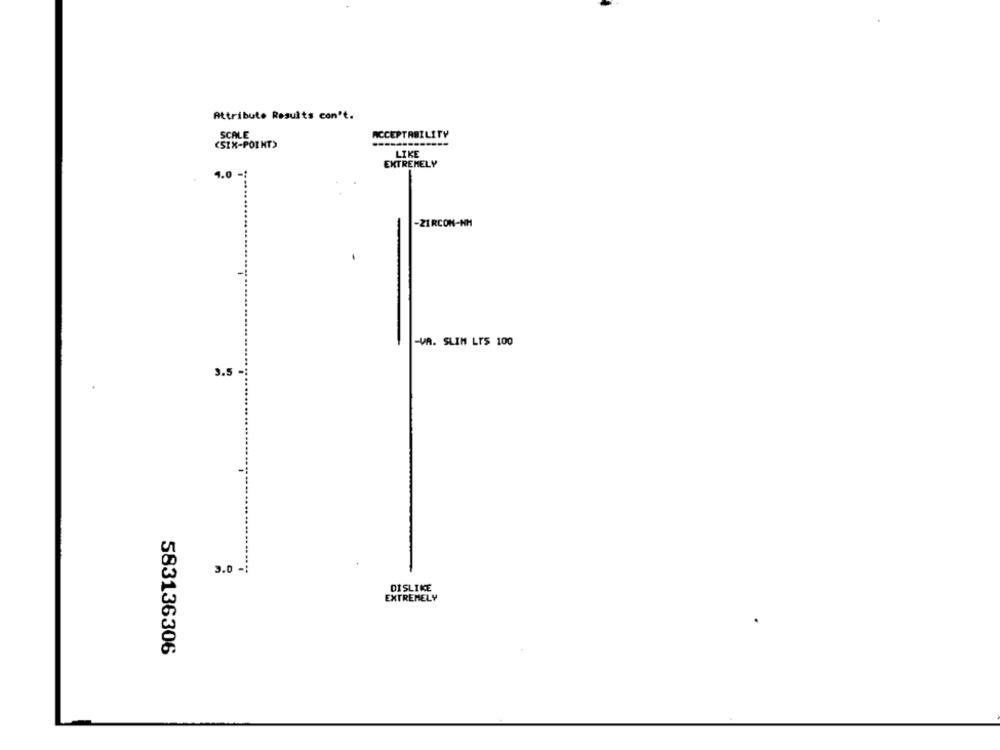
Attribute Results con't.
SCALE
ACCEPTABILITY
(SIX-POINT)
LIKE
EXTREMELY
1.0 -
-ZIRCON-NM
-VA. SLIM LIS 100
3.5
3.0.
DISLIKE
EXTREMELY
583136306